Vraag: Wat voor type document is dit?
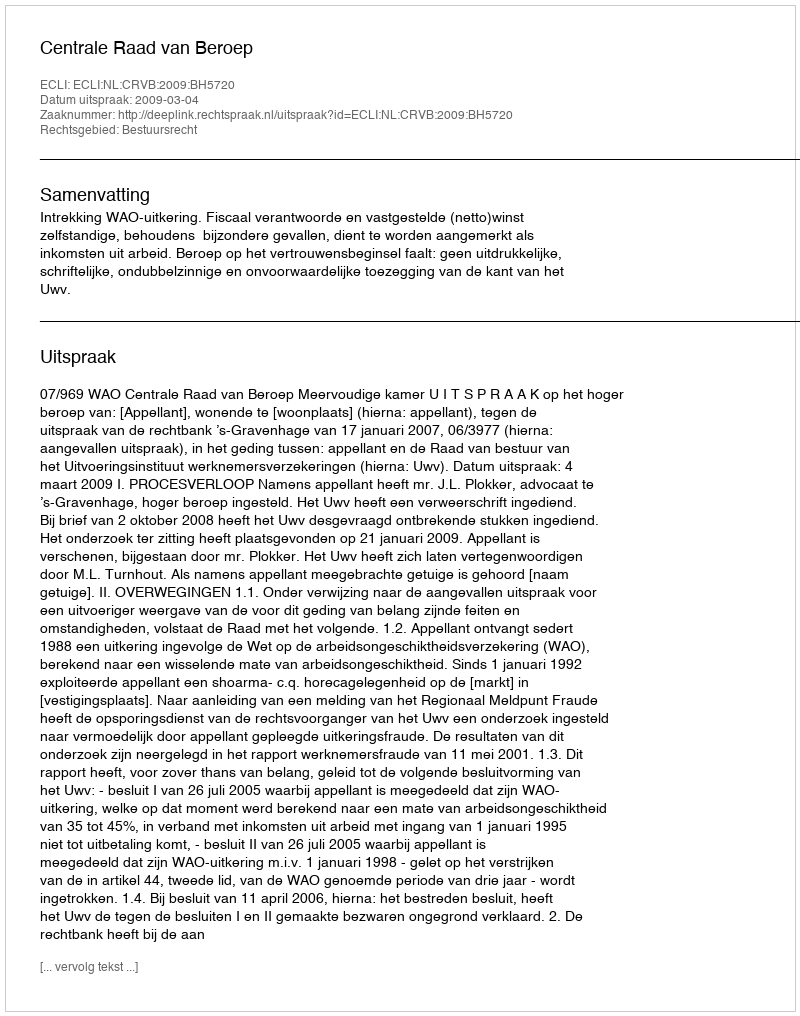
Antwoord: Uitspraak